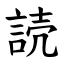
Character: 読